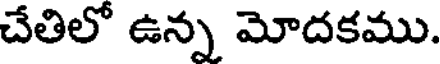
చేతిలో ఉన్న మోదకము.